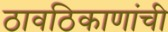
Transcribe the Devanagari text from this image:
ठावठिकाणांची